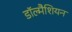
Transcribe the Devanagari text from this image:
डॉल्मैशियन